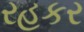
રહકર